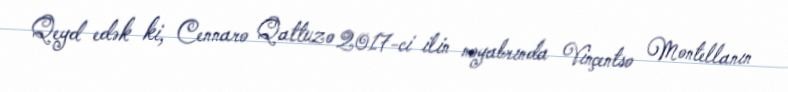
Qeyd edək ki, Cennaro Qattuzo 2017-ci ilin noyabrında Vinçentso Montellanın